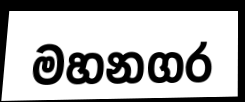
මහනගර